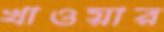
খাওয়ার